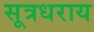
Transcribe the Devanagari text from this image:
सूत्रधराय